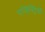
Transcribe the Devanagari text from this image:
रजिस्ट्रियाँ